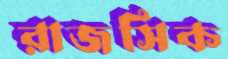
রাজসিক